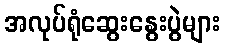
အလုပ်ရုံဆွေးနွေးပွဲများ